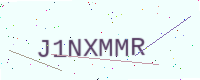
Text: J1NXMMR